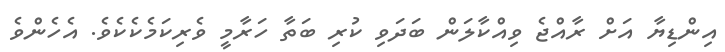
އިންޑިޔާ އަށް ރާއްޖެ ވިއްކާލަން ބަދަވި ކުރި ބަތާ ހަރާމީ ވެރިކަމެކެކެވެ. އެހެންވެ